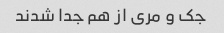
جک و مری از هم جدا شدند